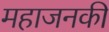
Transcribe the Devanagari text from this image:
महाजनकी